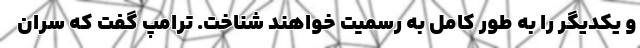
و یکدیگر را به طور کامل به رسمیت خواهند شناخت. ترامپ گفت که سران